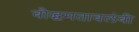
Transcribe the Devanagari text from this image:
बौद्धमतावलंबी